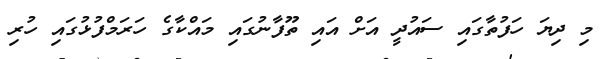
މި ދިޔަ ހަފުތާގައި ސައުދީ އަށް އައި ތޫފާނުގައި މައްކާގެ ހަރަމްފުޅުގައި ހުރި